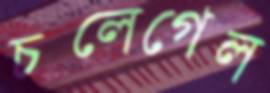
চলেগেল